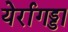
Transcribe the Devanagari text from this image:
येर्रागड्डा